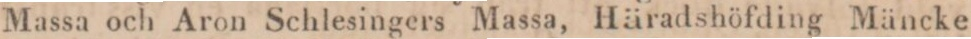
Massa och Aron Schlesingers Massa, Häradshöfding Mäncke